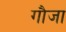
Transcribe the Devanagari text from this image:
गौजा